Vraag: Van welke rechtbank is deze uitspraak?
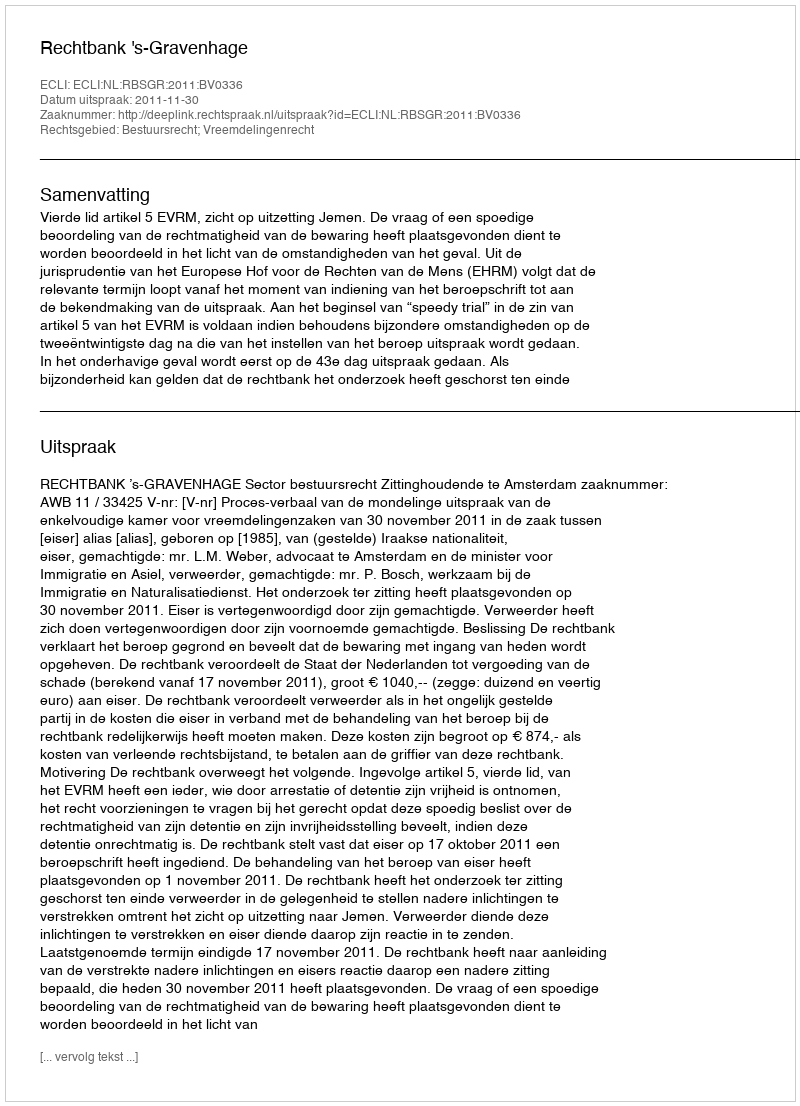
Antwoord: Rechtbank 's-Gravenhage